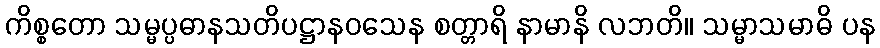
ကိစ္စတော သမ္မပ္ပဓာနသတိပဋ္ဌာနဝသေန စတ္တာရိ နာမာနိ လဘတိ။ သမ္မာသမာဓိ ပန